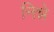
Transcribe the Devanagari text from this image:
निन्ने